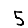
Digit: 5